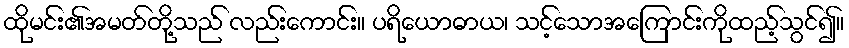
ထိုမင်း၏အမတ်တို့သည် လည်းကောင်း။ ပရိယောဓာယ၊ သင့်သောအကြောင်းကိုထည့်သွင်၍။